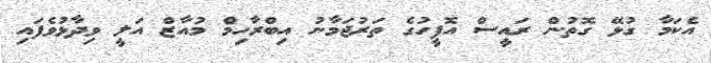
އެކަމާ ގުޅޭ ގޮތުން ރައީސް އޮފީހުގެ ތަރުޖަމާނު އިބްރާހިމް މުއާޒް އަލީ ވިދާޅުވެފައި